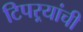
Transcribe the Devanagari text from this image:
टिपऱ्यांची